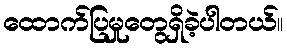
ထောက်ပြမှုတွေရှိခဲ့ပါတယ်။